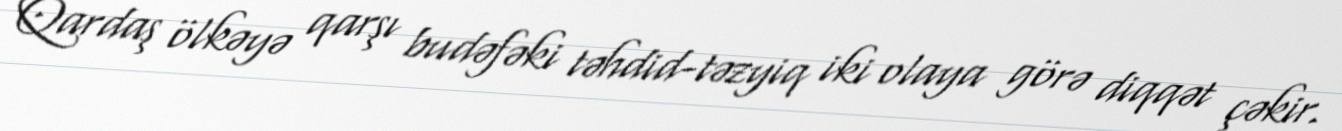
Qardaş ölkəyə qarşı budəfəki təhdid-təzyiq iki olaya görə diqqət çəkir.